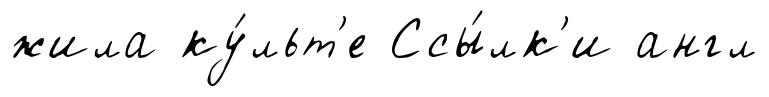
жила ку́льт'е Ссы́лк'и англ